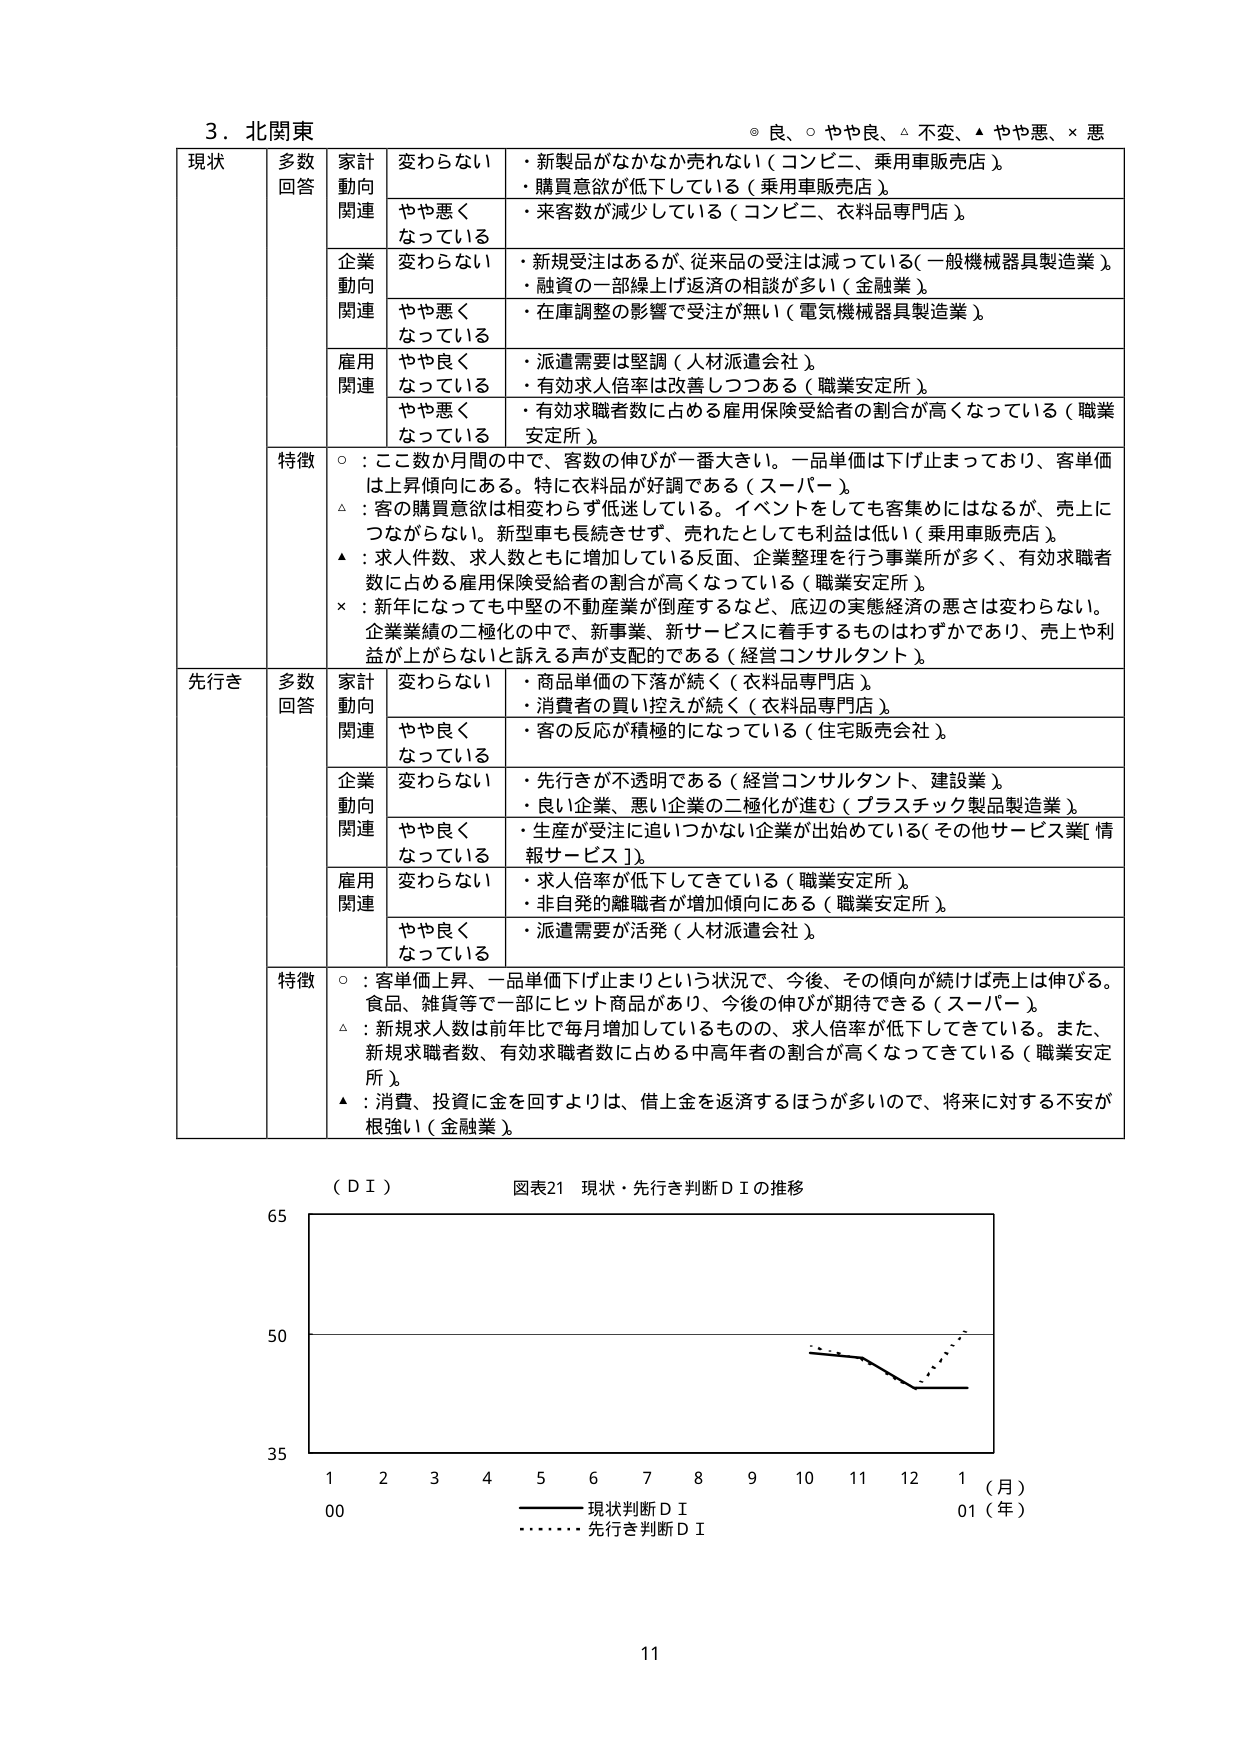
3. 北関東

◎ 良、○ やや良、△ 不変、▲ やや悪、× 悪

現状
多数回答
家計動向関連
変わらない
・新製品がなかなか売れない（コンビニ、乗用車販売店）。
・購買意欲が低下している（乗用車販売店）。
やや悪くなっている
・来客数が減少している（コンビニ、衣料品専門店）。

企業動向関連
変わらない
・新規受注はあるが、従来品の受注は減っている（一般機械器具製造業）。
・融資の一部繰上げ返済の相談が多い（金融業）。
やや悪くなっている
・在庫調整の影響で受注が無い（電気機械器具製造業）。

雇用関連
やや良くなっている
・派遣需要は堅調（人材派遣会社）。
・有効求人倍率は改善しつつある（職業安定所）。
やや悪くなっている
・有効求職者数に占める雇用保険受給者の割合が高くなっている（職業安定所）。

特徴
○：ここ数か月間の中で、客数の伸びが一番大きい。一品単価は下げ止まっており、客単価は上昇傾向にある。特に衣料品が好調である（スーパー）。
△：客の購買意欲は相変わらず低迷している。イベントをしても客集めにはなるが、売上につながらない。新型車も長続きせず、売れたとしても利益は低い（乗用車販売店）。
▲：求人件数、求人数ともに増加している反面、企業整理を行う事業所が多く、有効求職者数に占める雇用保険受給者の割合が高くなっている（職業安定所）。
×：新年になっても中堅の不動産業が倒産するなど、底辺の実態経済の悪さは変わらない。企業業績の二極化の中で、新事業、新サービスに着手するものはわずかであり、売上や利益が上がらないと訴える声が支配的である（経営コンサルタント）。

先行き
多数回答
家計動向関連
変わらない
・商品単価の下落が続く（衣料品専門店）。
・消費者の買い控えが続く（衣料品専門店）。
やや良くなっている
・客の反応が積極的になっている（住宅販売会社）。

企業動向関連
変わらない
・先行きが不透明である（経営コンサルタント、建設業）。
・良い企業、悪い企業の二極化が進む（プラスチック製品製造業）。
やや良くなっている
・生産が受注に追いつかない企業が出始めている（その他サービス業[情報サービス]）。

雇用関連
変わらない
・求人倍率が低下してきている（職業安定所）。
・非自発的離職者が増加傾向にある（職業安定所）。
やや良くなっている
・派遣需要が活発（人材派遣会社）。

特徴
○：客単価上昇、一品単価下げ止まりという状況で、今後、その傾向が続けば売上は伸びる。食品、雑貨等で一部にヒット商品があり、今後の伸びが期待できる（スーパー）。
△：新規求人数は前年比で毎月増加しているものの、求人倍率が低下してきている。また、新規求職者数、有効求職者数に占める中高年者の割合が高くなってきている（職業安定所）。
▲：消費、投資に金を回すよりは、借上金を返済するほうが多いため、将来に対する不安が根強い（金融業）。

（ＤＩ）
図表21 現状・先行き判断ＤＩの推移

65
50
35
1 2 3 4 5 6 7 8 9 10 11 12 1（月）
00 01（年）
―――― 現状判断ＤＩ
・・・・・・ 先行き判断ＤＩ

11